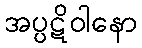
အပ္ပဋိဝါနော